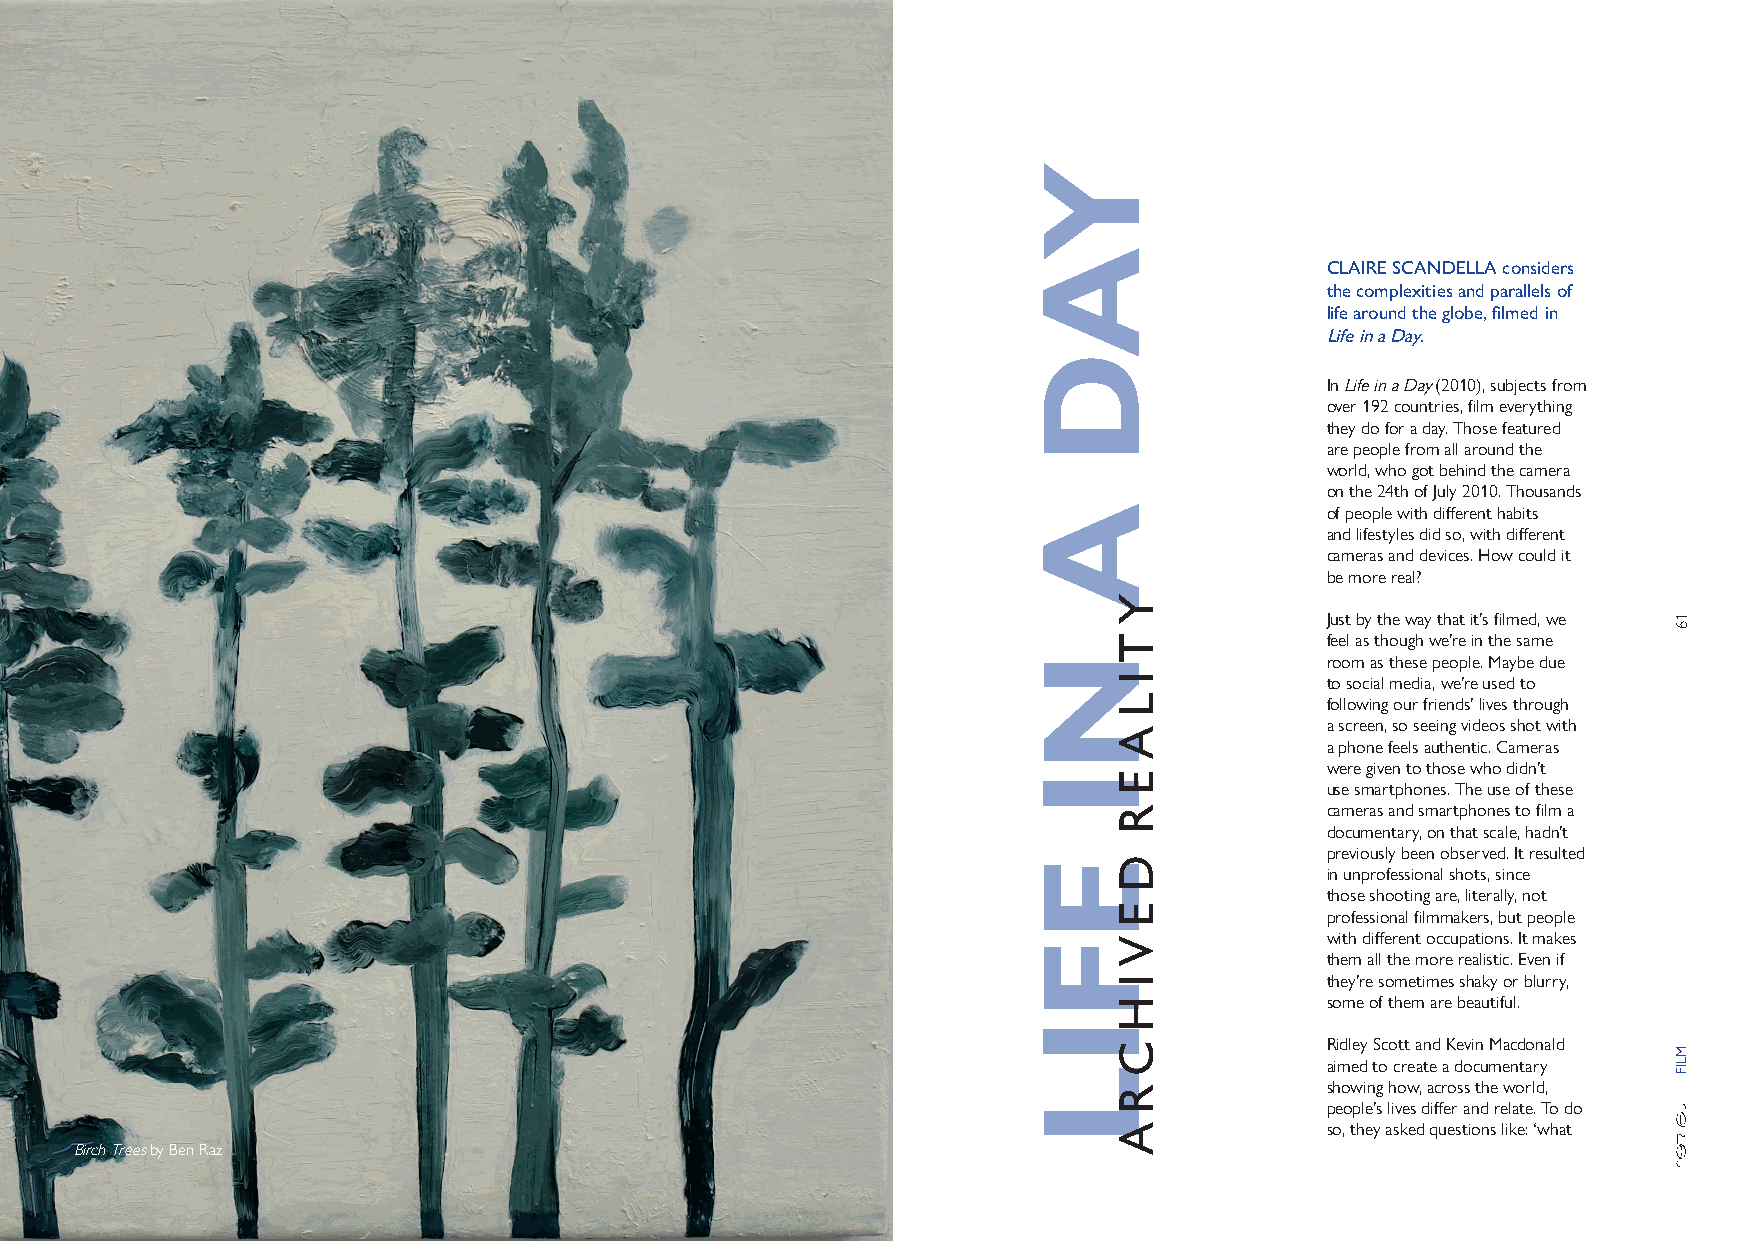
CLAIRE SCANDELLA considers
 the complexities and parallels of
 life around the globe, filmed in
 Life in a Day.
 In Life in a Day (2010), subjects from
 over 192 countries, film everything
 they do for a day. Those featured
 are people from all around the
 world, who got behind the camera
 on the 24th of July 2010. Thousands
 of people with different habits
 and lifestyles did so, with different
 cameras and devices. How could it
 be more real?
 Just by the way that it’s filmed, we
 feel as though we’re in the same
 room as these people. Maybe due
 to social media, we’re used to
 following our friends’ lives through
 a screen, so seeing videos shot with
 a phone feels authentic. Cameras
 were given to those who didn’t
 use smartphones. The use of these
 cameras and smartphones to film a
 documentary, on that scale, hadn’t
 previously been observed. It resulted
 in unprofessional shots, since
 those shooting are, literally, not
 professional filmmakers, but people
 with different occupations. It makes
 them all the more realistic. Even if
 they’re sometimes shaky or blurry,
 some of them are beautiful.
 Ridley Scott and Kevin Macdonald
 aimed to create a documentary
 showing how, across the world,
 people’s lives differ and relate. To do
 so, they asked questions like: ‘what
 Birch Trees by Ben Raz
 60
 YAD
 A
 NI
 EFIL
 Y
 T
 I
 L
 A
 E
 R
 D
 E
 V
 I
 H
 C
 R
 A
 16
 MLIF